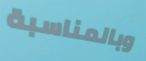
وبالمناسبة